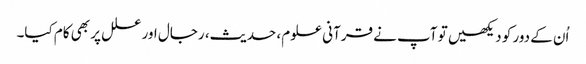
اُن کے دور کو دیکھیں تو آپ نے قرآنی علوم، حدیث، رجال اور علل پر بھی کام کیا۔